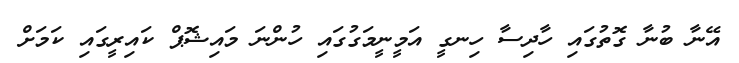
އޭނާ ބުނާ ގޮތުގައި ހާދިސާ ހިނގީ އަމީނީމަގުގައި ހުންނަ މައިޝޮޕް ކައިރީގައި ކަމަށް